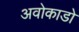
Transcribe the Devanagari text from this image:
अवोकाडो